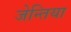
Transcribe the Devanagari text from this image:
जेन्तिया